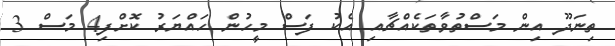
ތިނަދޫ އިން މަސްތުވާތަކެއްޗާއި އެކު ފަސް މީހުން ހައްޔަރު ކޮށްފި4 މަސް 3